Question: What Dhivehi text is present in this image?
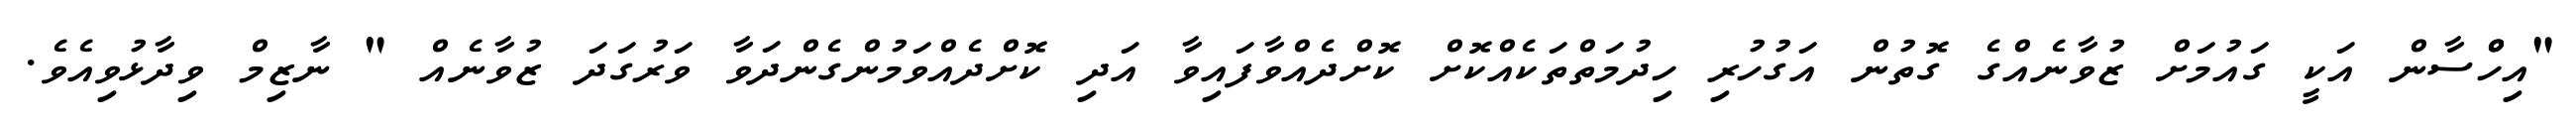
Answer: "އިހްްސާން އަކީ ގައުމަށް ޒުވާނެއްގެ ގޮތުން އަގުހުރި ހިދުމަތްތަކެއްކޮށް ކޮށްދެއްވާފައިވާ އަދި ކޮށްދެއްވަމުންގެންދަވާ ވަރުގަދަ ޒުވާނެއް " ނާޒިމް ވިދާޅުވިއެވެ.